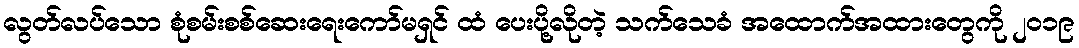
လွတ်လပ်သော စုံစမ်းစစ်ဆေးရေးကော်မရှင် ထံ ပေးပို့လိုတဲ့ သက်သေခံ အထောက်အထားတွေကို ၂၀၁၉